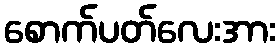
စောက်ပတ်လေးအား